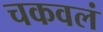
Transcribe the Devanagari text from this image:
चकवलं